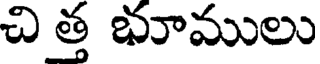
చి త్త భూములు